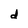
Character: d